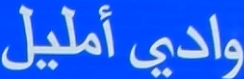
واديًأمليل